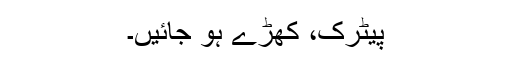
پیٹرک، کھڑے ہو جائیں۔